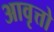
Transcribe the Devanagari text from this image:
आवृत्तो